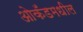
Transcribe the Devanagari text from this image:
ओकॅंडमधील